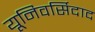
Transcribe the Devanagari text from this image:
यूनिवर्सिदाद